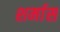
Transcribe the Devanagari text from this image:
शर्मास